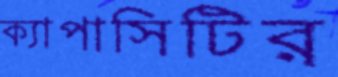
ক্যাপাসিটির